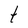
Character: t